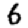
Digit: 6